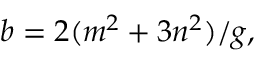
b = 2 ( m ^ { 2 } + 3 n ^ { 2 } ) / g ,